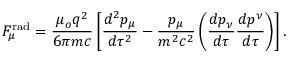
F _ { \mu } ^ { \mathrm { r a d } } = { \frac { \mu _ { o } q ^ { 2 } } { 6 \pi m c } } \left[ { \frac { d ^ { 2 } p _ { \mu } } { d \tau ^ { 2 } } } - { \frac { p _ { \mu } } { m ^ { 2 } c ^ { 2 } } } \left( { \frac { d p _ { \nu } } { d \tau } } { \frac { d p ^ { \nu } } { d \tau } } \right) \right] .